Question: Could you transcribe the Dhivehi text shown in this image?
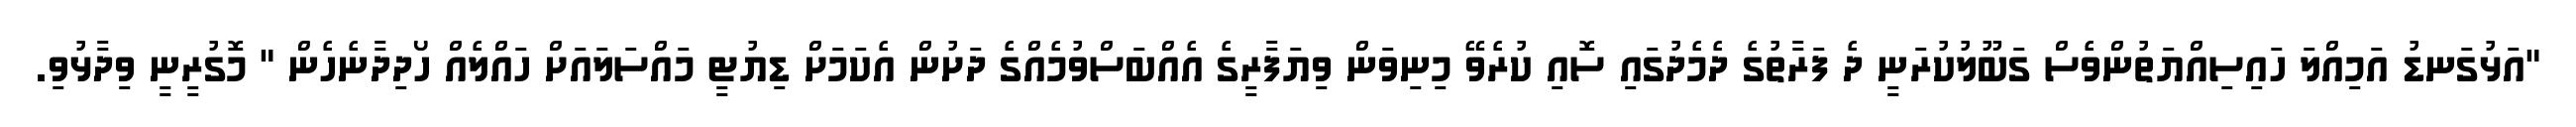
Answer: "އަޅުގަނޑު އަމިއްލަ ހައިސިއްޔަތުންވެސް ގަބޫލުކުރަނީ ދެ ފަރާތުގެ ދެމެދުގައި ސޮއި ކުރެވޭ މިނިވަން ވިޔަފާރީގެ އެއްބަސްވުމެއްގެ ދަށުން އެކަމަށް ޑިޔުޓީ މައްސަލައަށް ހައްލެއް ހޯދިދާނެހެން " މޮގުރީނީ ވިދާޅުވި.